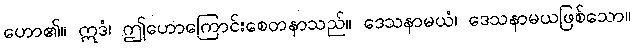
ဟော၏။ ဣဒံ၊ ဤဟောကြောင်းစေတနာသည်။ ဒေသနာမယံ၊ ဒေသနာမယဖြစ်သော။